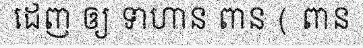
ដេញ ឲ្យ ទាហាន ពាន ( ពាន